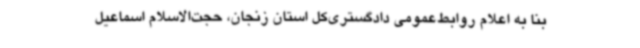
بنا به اعلام روابط‌عمومی دادگستری‌کل استان زنجان، حجت‌الاسلام اسماعیل